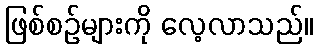
ဖြစ်စဉ်များကို လေ့လာသည်။